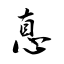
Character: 惪